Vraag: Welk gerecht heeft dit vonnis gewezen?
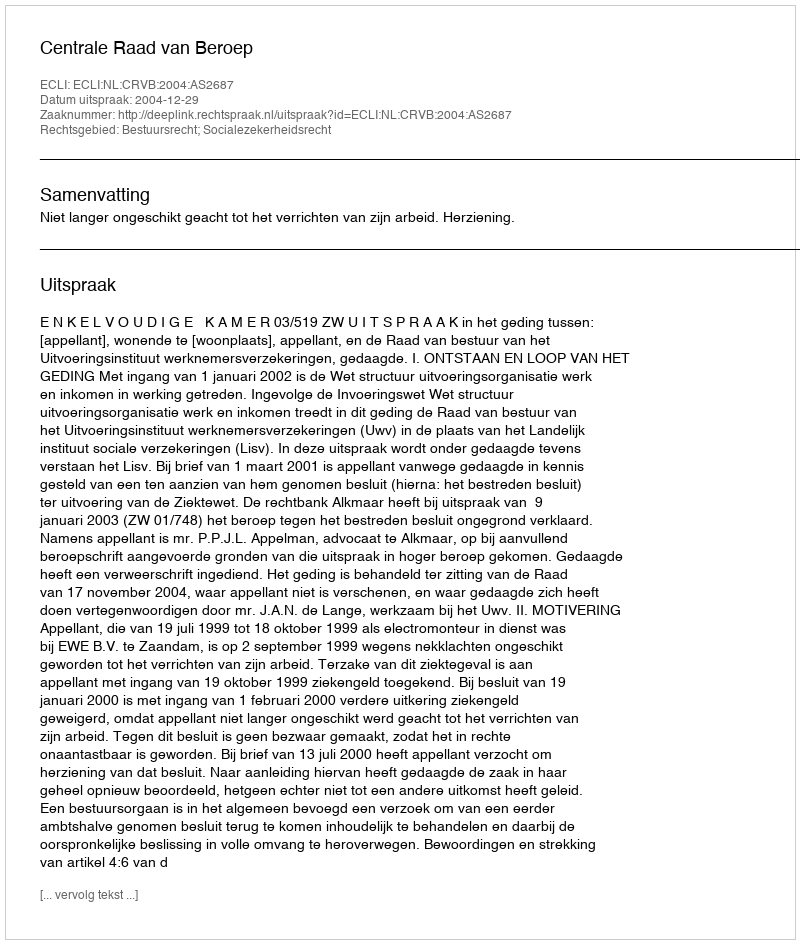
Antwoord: Centrale Raad van Beroep